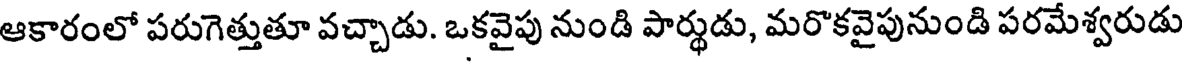
ఆకారంలో పరుగెత్తుతూ వచ్చాడు. ఒకవైపు నుండి పార్థుడు, మరొకవైపునుండి పరమేశ్వరుడు